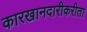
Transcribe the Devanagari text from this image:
कारखानदारीकरीता